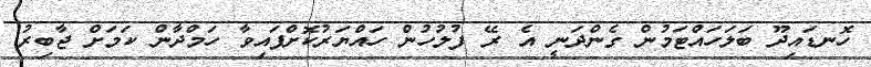
ހޮނޑައިދޫ ބަލަހައްޓަމުން ގެންދަނީ އެ ރޭ ފުލުހުން ހައްޔަރުކޮށްފައިވާ ހަމްދާން ކަމަށް ޖާބިރު